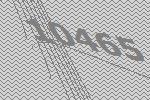
10465